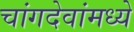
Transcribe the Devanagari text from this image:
चांगदेवांमध्ये